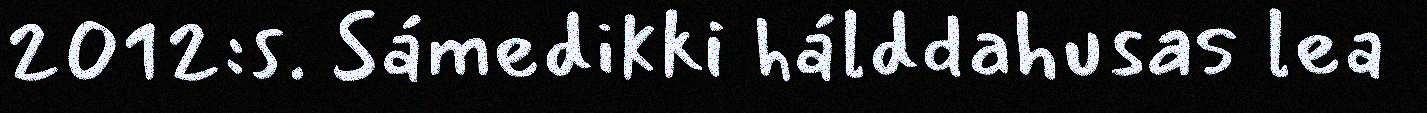
2012:s. Sámedikki hálddahusas lea